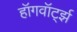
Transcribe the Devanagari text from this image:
हॉगवॉर्ट्झ